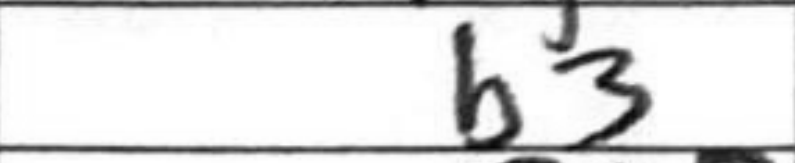
Transcription: b3